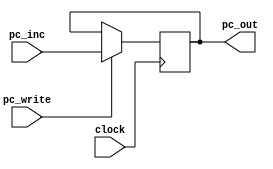

module PC(
	input wire clock,
	input wire [31:0]pc_inc,
	input wire pc_write,
	output wire [31:0]pc_out
);


	reg [31:0]pc_inc_pipe;

initial begin
	pc_inc_pipe = 4194304; //8'h00400000
end

always @(posedge clock) begin
	if(pc_write) begin
		pc_inc_pipe = pc_inc;
	end 

end

assign pc_out = pc_inc_pipe;

endmodule